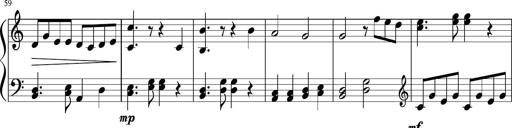
Title: Sonatine Nr.1 in C-Dur
Composer: DÃ©sirÃ©e Manns
Key: C major